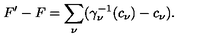
F ^ { \prime } - F = \sum _ { \nu } ( \gamma _ { \nu } ^ { - 1 } ( c _ { \nu } ) - c _ { \nu } ) .